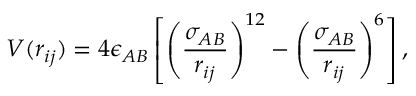
V ( r _ { i j } ) = 4 \epsilon _ { A B } \left[ \left( \frac { \sigma _ { A B } } { r _ { i j } } \right) ^ { 1 2 } - \left( \frac { \sigma _ { A B } } { r _ { i j } } \right) ^ { 6 } \right] ,